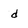
Character: d